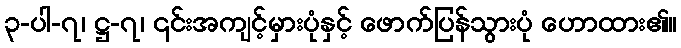
၃-ပါ-၇၊ ဋ္ဌ-၇၊ ၎င်းအကျင့်မှားပုံနှင့် ဖောက်ပြန်သွားပုံ ဟောထား၏။